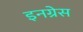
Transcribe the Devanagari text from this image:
इनग्रेस